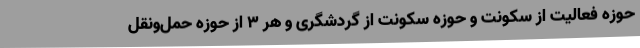
حوزه فعالیت از سکونت و حوزه سکونت از گردشگری و هر 3 از حوزه حمل‌ونقل